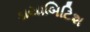
ડાયાબિટિશ